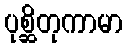
ပုစ္ဆိတုကာမာ